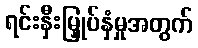
ရင်းနှီးမြှုပ်နှံမှုအတွက်